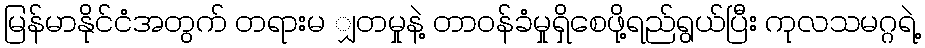
မြန်မာနိုင်ငံအတွက် တရားမ ျှတမှုနဲ့ တာဝန်ခံမှုရှိစေဖို့ရည်ရွယ်ပြီး ကုလသမဂ္ဂရဲ့